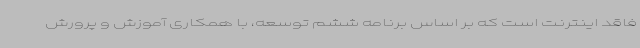
فاقد اینترنت است که بر اساس برنامه ششم توسعه، با همکاری آموزش و پرورش